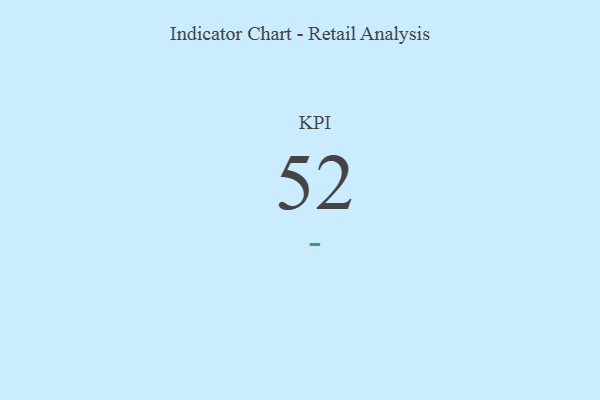
{"axis": {"x": "KPI", "y": "Value"}, "legend": [""], "data": [{"x": "KPI", "y": 52, "type": ""}]}